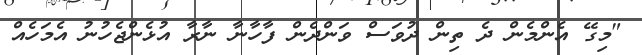
"މިގޭ އެންމެން ދެ ތިން ދުވަސް ވަންދެން ފާހާނާ ނާރާ އުޅެންޖެހުނު އެމަހެއް